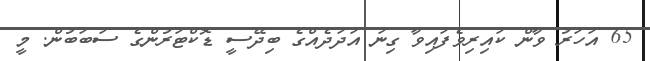
65 އަހަރު ވާން ކައިރިވެފައިވާ ގިނަ އަދަދެއްގެ ބިދޭސީ ޑޮކްޓަރުންގެ ސަބަބުން. މީ